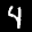
Label: 4